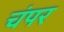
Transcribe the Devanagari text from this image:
चंपर